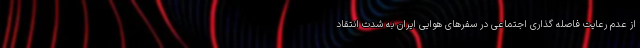
از عدم رعایت فاصله گذاری اجتماعی در سفرهای هوایی ایران به شدت انتقاد